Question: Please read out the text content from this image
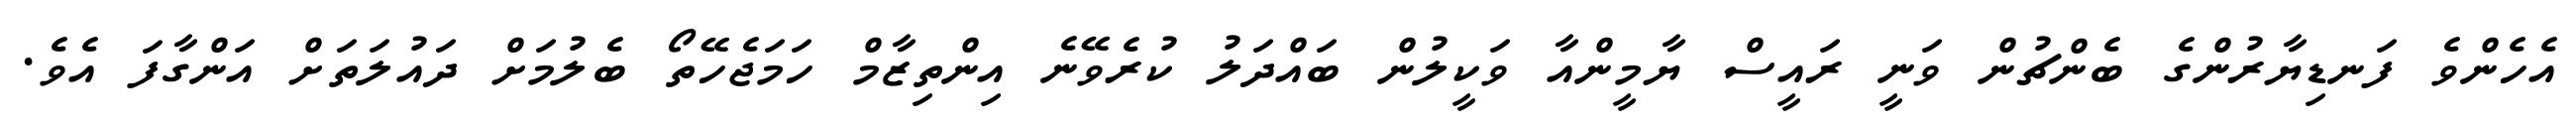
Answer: އެހެންވެ ފަނޑިޔާރުންގެ ބެންޗުން ވަނީ ރައީސް ޔާމީންއާ ވަކީލުން ބައްދަލު ކުރެވޭނެ އިންތިޒާމް ހަމަޖެހޭތޯ ބެލުމަށް ދައުލަތަށް އަންގާފަ އެވެ.